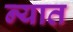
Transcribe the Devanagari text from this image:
न्यात